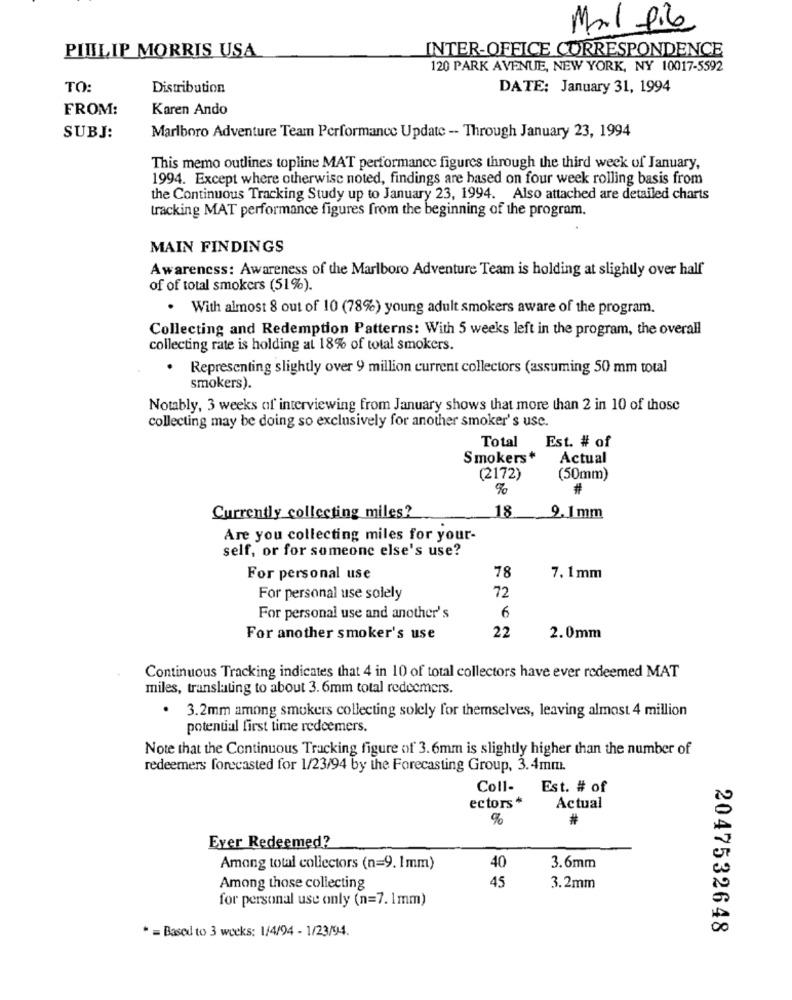
Mal file
INTER-OFFICE CORRESPONDENCE
PITILIP MORRIS USA
120 PARK AVENUE, NEW YORK, NY 10017-5592
TO:
Distribution
DATE: January 31, 1994
FROM:
Karen Ando
SUBJ:
Marlboro Adventure Team Performance Update - Through January 23, 1994
This memo outlines topline MAT performance figures through the third week of January,
1994. Except where otherwise noted, findings are based on four week rolling basis from
the Continuous Tracking Study up to January 23, 1994. Also attached are detailed charts
tracking MAT performance figures from the beginning of the program.
MAIN FINDINGS
Awareness: Awareness of the Marlboro Adventure Team is holding at slightly over half
of of total smokers (51%).
. With almost 8 out of 10 (78%) young adult smokers aware of the program.
Collecting and Redemption Patterns: With 5 weeks left in the program, the overall
collecting rate is holding at 18% of total smokers.
. Representing slightly over 9 million current collectors (assuming 50 mm total
smokers).
Notably, 3 weeks of interviewing from January shows that more than 2 in 10 of those
collecting may be doing so exclusively for another smoker's use.
Total Est. # of
Smokers*
Actual
(2172)
(50mm)
9
#
18
Currently collecting miles?
9.1 mm
Are you collecting miles for your-
self, or for someone else's use?
78
For personal use
7. 1 mm
72
For personal use solely
For personal use and another's
6
For another smoker's use
22
2.0mm
Continuous Tracking indicates that 4 in 10 of total collectors have ever redeemed MAT
miles, translating to about 3. 6mm total redeemers.
. 3.2mm among smokers collecting solely for themselves, leaving almost 4 million
potential first time redeemers.
Note that the Continuous Tracking figure of 3.6mm is slightly higher than the number of
redeemers forecasted for 1/23/94 by the Forecasting Group, 3.4mm.
Coll-
Est. # of
ectors *
Actual
%
Eyer Redeemed?
Among total collectors (n=9. 1mm)
40
3.6mm
Among those collecting
45
3.2mm
for personal use only (n=7. 1mm)
* = Based to 3 weeks: 1/4/94 - 1/23/94.
2047532648